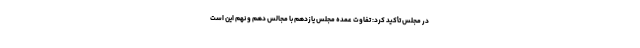
در مجلس تأکید کرد: تفاوت عمده مجلس یازدهم با مجالس دهم و نهم این است